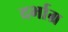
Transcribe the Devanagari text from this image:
दर्भाग्र